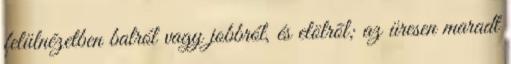
felülnézetben balról vagy jobbról, és elölrõl; az üresen maradt